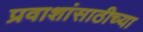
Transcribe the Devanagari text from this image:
प्रवाशांसाठीच्या